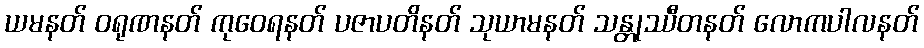
ယမနတ် ဝရုဏနတ် ကုဝေရနတ် ပဇာပတိနတ် သုယာမနတ် သန္တုဿီတနတ် လောကပါလနတ်